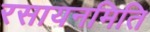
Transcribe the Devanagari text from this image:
रसायनमिति